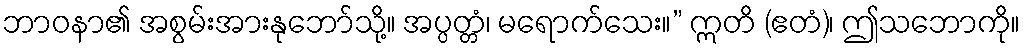
ဘာဝနာ၏ အစွမ်းအားနုဘော်သို့။ အပ္ပတ္တံ၊ မရောက်သေး။” ဣတိ (ဧတံ)၊ ဤသဘောကို။